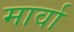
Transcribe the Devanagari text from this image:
मार्वा